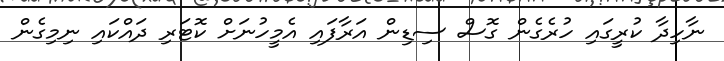
ނާހިދާ ކުރީގައި ހުރެގެން ގޮސް ސިޑިން އަރާފައި އެމީހުނަށް ކޮޓަރި ދައްކައި ނިމިގެން